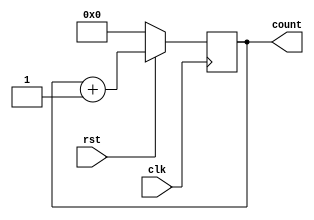
module counter_up_basic(count, clk, rst);

input clk, rst;
output [7:0] count;

reg [7:0] count_temp;

always@(posedge clk)
        if(!rst)
            count_temp <= 8'd0;
        else
            count_temp <= count_temp + 1;

assign count = count_temp;


endmodule